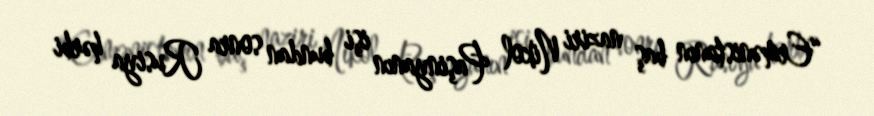
“Ermənistanın baş naziri Nikol Paşinyanın işi bundan sonra Rusiya hərbi